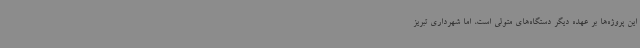
این پروژه‌ها بر عهده دیگر دستگاه‌های متولی است، اما شهرداری تبریز